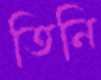
তিনি